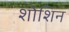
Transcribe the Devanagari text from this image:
शोशिन